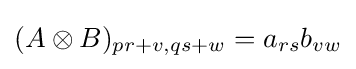
(A\otimes B)_{pr+v,qs+w}=a_{rs}b_{vw}